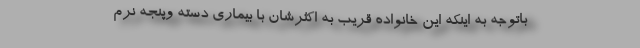
باتوجه به اینکه این خانواده قریب به اکثرشان با بیماری دسته وپنجه نرم